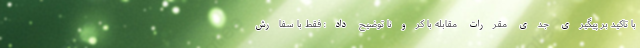
با تاکید بر پیگیری جدی مقررات مقابله با کرونا توضیح داد: فقط با سفارش